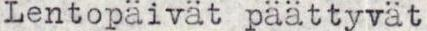
Lentopäivät päättyvät